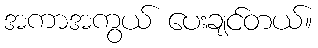
အကာအကွယ် ပေးချင်တယ်။